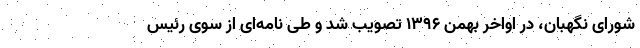
شورای نگهبان، در اواخر بهمن ۱۳۹۶ تصویب شد و طی نامه‌ای از سوی رئیس